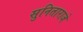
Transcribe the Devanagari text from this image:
सुनिताराजे